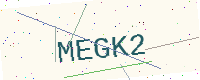
Text: MEGK2